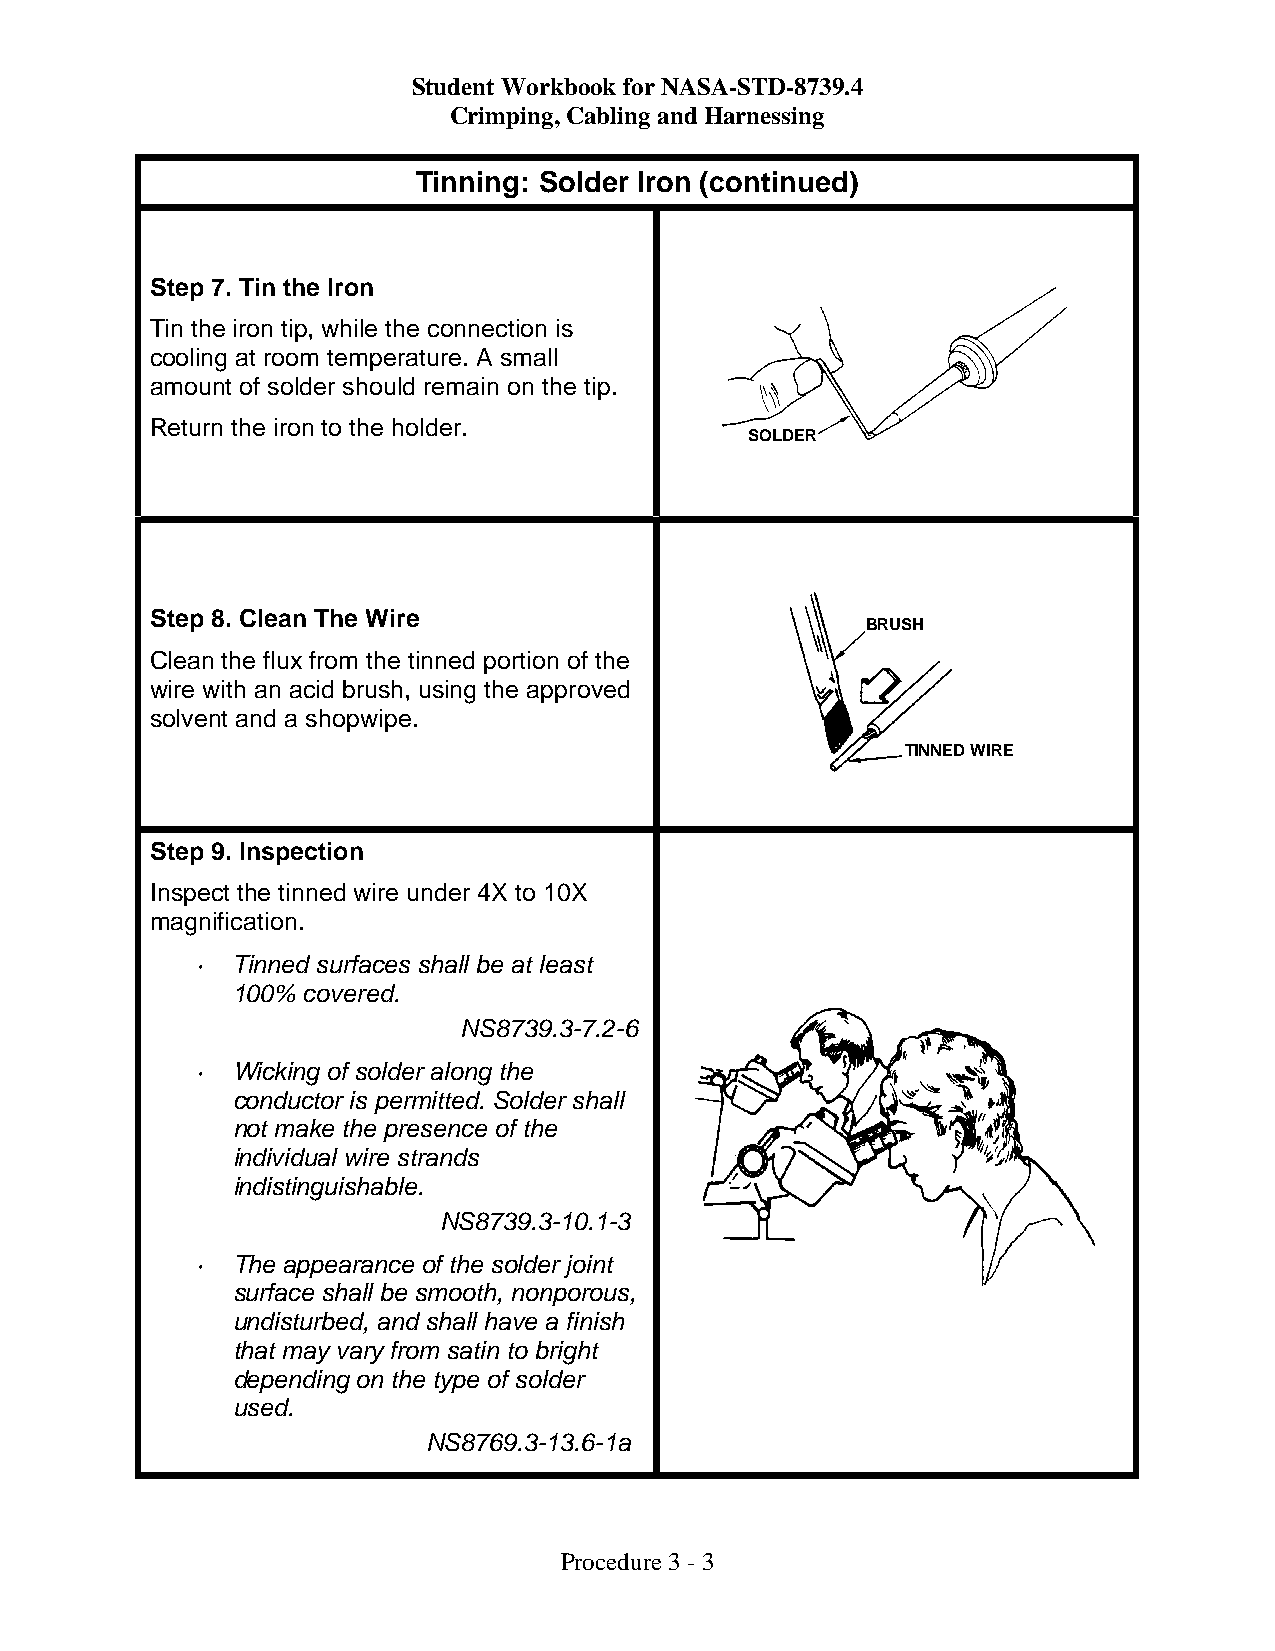
Student Workbook for NASA-STD-8739.4
 Crimping, Cabling and Harnessing
 Tinning: Solder Iron (continued)
 Step 7. Tin the Iron
 Tin the iron tip, while the connection is
 cooling at room temperature. A small
 amount of solder should remain on the tip.
 Return the iron to the holder.
 SOLDER
 Step 8. Clean The Wire
 BRUSH
 Clean the flux from the tinned portion of the
 wire with an acid brush, using the approved
 solvent and a shopwipe.
 TINNED WIRE
 Step 9. Inspection
 Inspect the tinned wire under 4X to 10X
 magnification.
 • Tinned surfaces shall be at least
 100% covered.
 NS8739.3-7.2-6
 • Wicking of solder along the
 conductor is permitted. Solder shall
 not make the presence of the
 individual wire strands
 indistinguishable.
 NS8739.3-10.1-3
 • The appearance of the solder joint
 surface shall be smooth, nonporous,
 undisturbed, and shall have a finish
 that may vary from satin to bright
 depending on the type of solder
 used.
 NS8769.3-13.6-1a
 Procedure 3 - 3